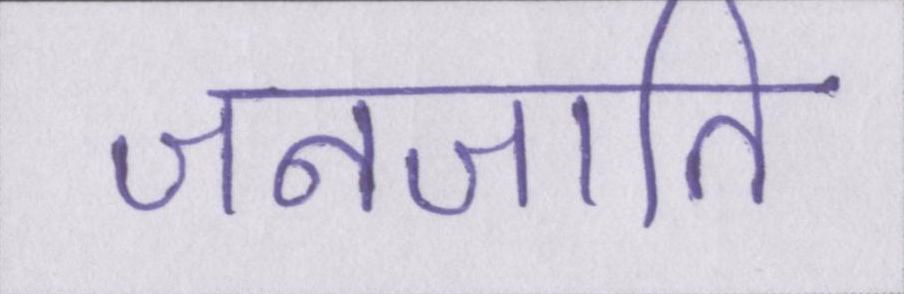
जनजाति